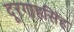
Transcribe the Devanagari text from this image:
दूरगाहसिंह